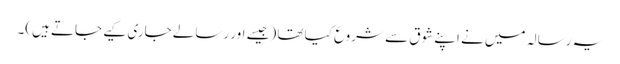
یہ رسالہ میں نے اپنے شوق سے شروع کیا تھا (جیسے اور رسالے جاری کیے جاتے ہیں)۔